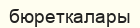
бюреткалары